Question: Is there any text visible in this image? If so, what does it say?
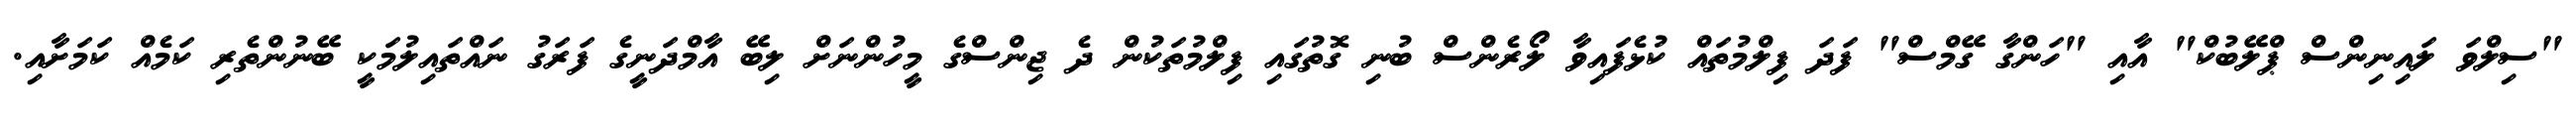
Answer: "ސިލްވަ ލައިނިންސް ޕްލޭބުކް" އާއި "ހަންގާ ގޭމްސް" ފަދަ ފިލްމުތައް ކުޅެފައިވާ ލޯރެންސް ބުނި ގޮތުގައި ފިލްމުތަކުން ދެ ޖިންސްގެ މީހުންނަށް ލިބޭ އާމްދަނީގެ ފަރަގު ނައްތައިލުމަކީ ބޭނުންތެރި ކަމެއް ކަމަށާއި.